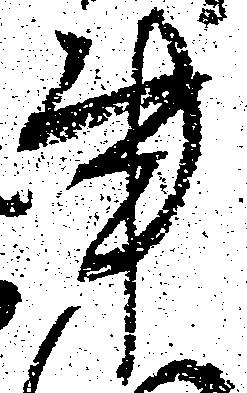
事